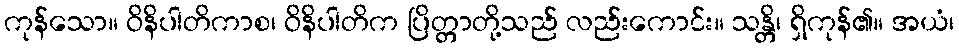
ကုန်သော။ ဝိနိပါတိကာစ၊ ဝိနိပါတိက ပြိတ္တာတို့သည် လည်းကောင်း။ သန္တိ၊ ရှိကုန်၏။ အယံ၊